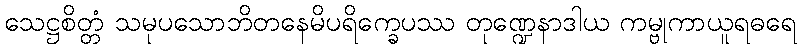
သေဋ္ဌစိတ္တံ သမုပသောဘိတနေမိပရိက္ခေပဿ တုဏ္ဍေနာဒါယ ကမ္ဗုကာယူရဓရေ